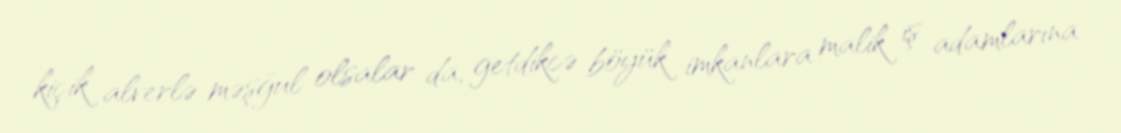
kiçik alverlə məşğul olsalar da, getdikcə böyük imkanlara malik iş adamlarına